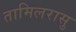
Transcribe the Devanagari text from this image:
तामिलरासु